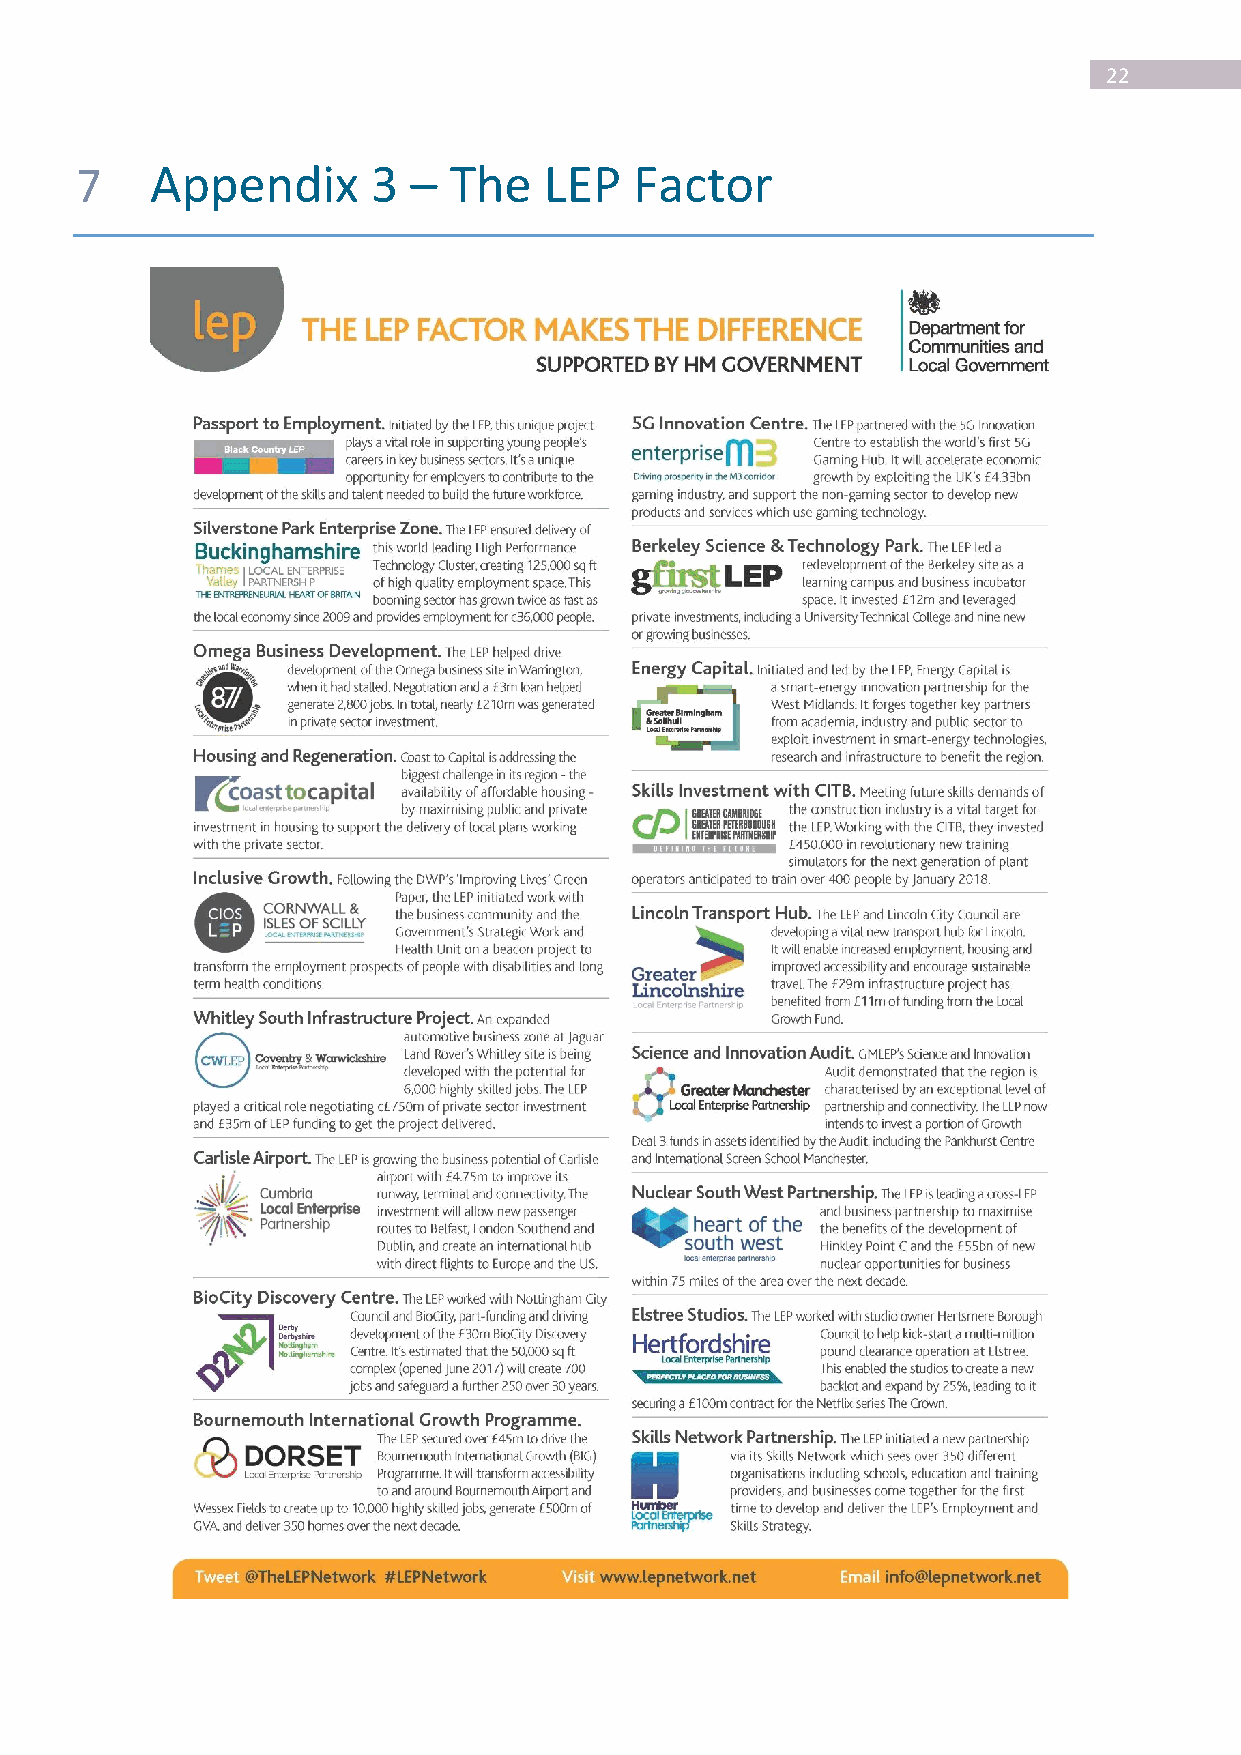
22
 7    Appendix       3 –  The   LEP   Factor